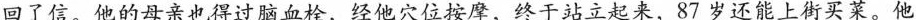
回了信。他的母亲也得过脑血栓，经他穴位按摩，终于站立起来，87岁还能上街买菜。他